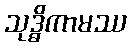
သုဒ္ဓိကာမဿ